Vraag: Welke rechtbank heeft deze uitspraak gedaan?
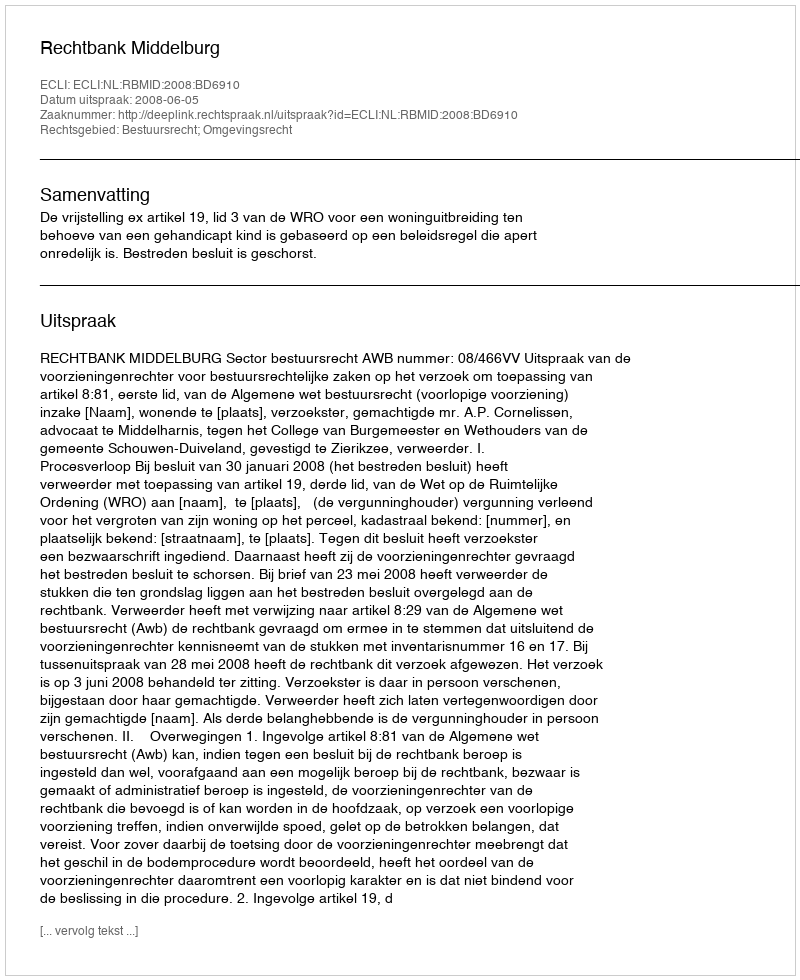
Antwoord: Rechtbank Middelburg